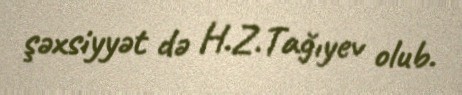
şəxsiyyət də H.Z.Tağıyev olub.